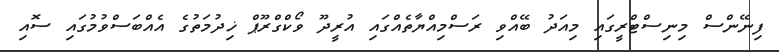
ފިނޭންސް މިނިސްޓްރީގައި މިއަދު ބޭއްވި ރަސްމިއްޔާތެއްގައި އުރީދޫ ވޯކްގްރޫޕް ޚިދުމަތުގެ އެއްބަސްވުމުގައި ސޮއި